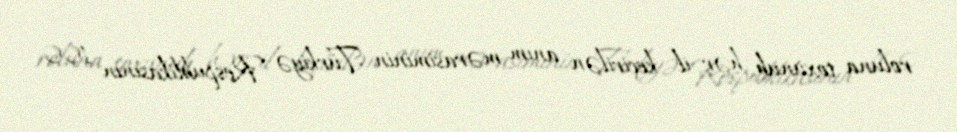
roluna toxunub, hər il keçirilən anım mərasiminin Türkiyə Respublikasının 100